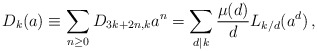
\begin{align*}D_k(a)\equiv\sum_{n\ge0}D_{3k+2n,k}a^n=\sum_{d|k}\frac{\mu(d)}{d}L_{k/d}(a^d)\,,\end{align*}